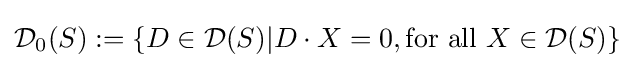
{\mathcal {D}}_{0}(S):=\{D\in {\mathcal {D}}(S)|D\cdot X=0,{\text{for all }}X\in {\mathcal {D}}(S)\}